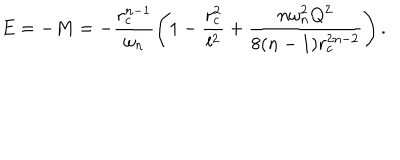
E = - M = - \frac { r _ { c } ^ { n - 1 } } { \omega _ { n } } \left( 1 - \frac { r _ { c } ^ { 2 } } { l ^ { 2 } } + \frac { n \omega _ { n } ^ { 2 } Q ^ { 2 } } { 8 ( n - 1 ) r _ { c } ^ { 2 n - 2 } } \right) .